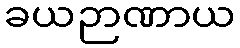
ခယဉာဏာယ